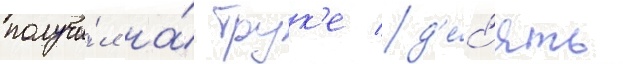
получи́л на́ трук'е д'е́с'ять